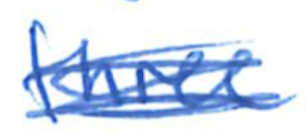
Text: three
Cross-out: scratch
Writing tool: ballpoint